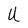
Character: U